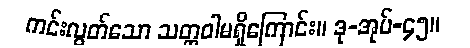
ကင်းလွတ်သော သတ္တဝါမရှိကြောင်း။ ဒု-အုပ်-၄၅။